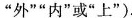
”外””内”或”上”).